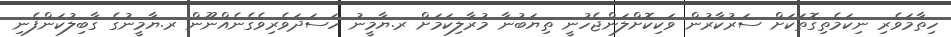
ހިތާމަވެރި ނިކަމެތިގޮތަކަށް ސަރުކާރުން ވަކިކޮށްލަންޖެހުނީ ތިޔަބުނާ މުރާލިިކަމަށް ރ.ޔާމީނު ހަސަދަވެރިވެގެނެއްނޫން ރ.ޔާމީނުގެ ގާބިލުކަންފެނި